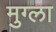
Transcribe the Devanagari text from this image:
मुग्ला